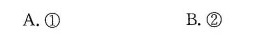
A. ① B. ②